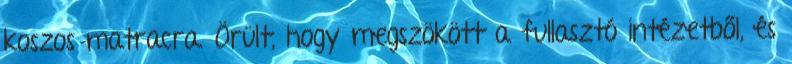
koszos matracra. Örült, hogy megszökött a fullasztó intézetből, és